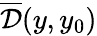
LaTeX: \overline{{\cal D}}(y,y_{0})